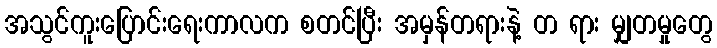
အသွင်ကူးပြောင်းရေးကာလက စတင်ပြီး အမှန်တရားနဲ့ တ ရား မျှတမှုတွေ